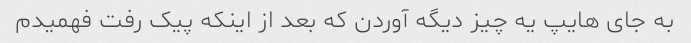
به جای هایپ یه چیز دیگه آوردن که بعد از اینکه پیک رفت فهمیدم